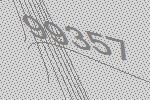
99357